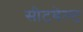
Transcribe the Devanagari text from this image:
सीटबेल्‍ट